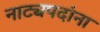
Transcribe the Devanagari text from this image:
नाट्यपदांना